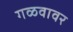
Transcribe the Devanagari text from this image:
गळवावर